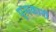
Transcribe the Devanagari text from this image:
पूयकारी